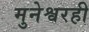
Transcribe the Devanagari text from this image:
मुनेश्वरही